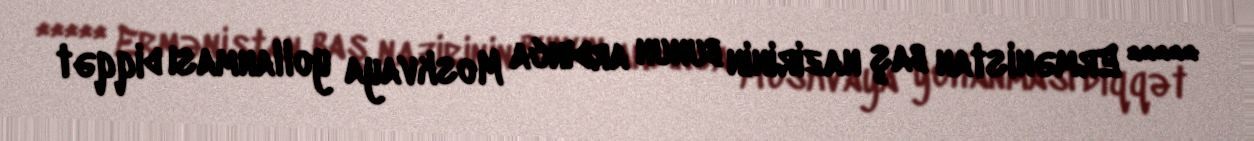
***** Ermənistan baş nazirinin bunun ardınca Moskvaya yollanması diqqət